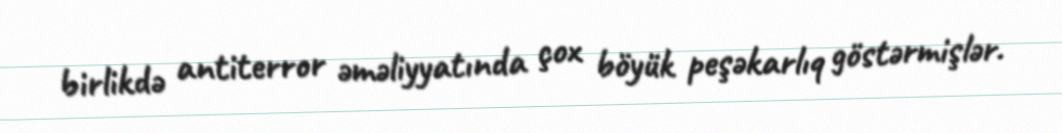
birlikdə antiterror əməliyyatında çox böyük peşəkarlıq göstərmişlər.